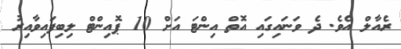
ރެއާލް އެވެ. ދެ ވަނައިގައި އޮތް އިންޓަ އަށް 10 ޕޮއިންޓް ލިބިފައިވާއިރު